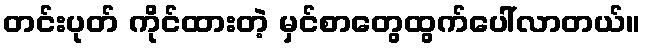
တင်းပုတ် ကိုင်ထားတဲ့ မှင်စာတွေထွက်ပေါ်လာတယ်။